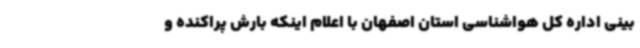
بینی اداره کل هواشناسی استان اصفهان با اعلام اینکه بارش پراکنده و